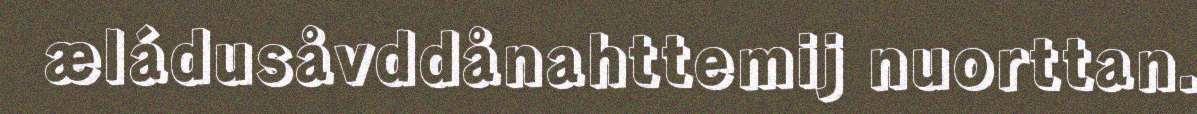
æládusåvddånahttemij nuorttan.